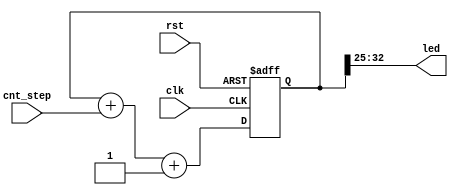
`timescale 1ns / 1ps
//////////////////////////////////////////////////////////////////////////////////
// Company: 
// Engineer: 
// 
// Design Name: 
// Module Name: step1_sr
// Project Name: 
// Target Devices: 
// Tool Versions: 
// Description: 
// 
// Dependencies: 
// 
// Revision:
// Revision 0.01 - File Created
// Additional Comments:
// 
//////////////////////////////////////////////////////////////////////////////////

module step4_cnt(
input           clk,rst,
input   [6:0]   cnt_step,
output  [7:0]   led);
reg [32:0]  cnt;
always@(posedge clk or posedge rst)
begin
    if(rst)
        cnt <= 33'h1_5555_FFFF;
    else
        cnt <= cnt + cnt_step +1'b1;
end
assign  led = cnt[32:25];
endmodule